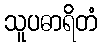
သူပဓာရိတံ